Insane asylums Bombay 1873-77 - 1873-1877
Year: 1873
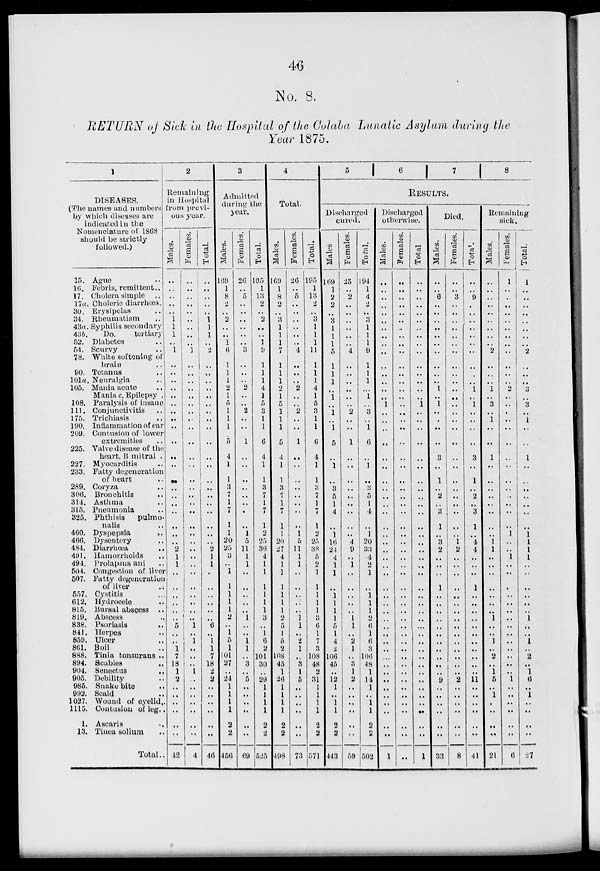
46
No. 8.
RETURN of Sick in the Hospital of the Colaba Lunatic Asylum during the
Year 1875.
1
DISEASES.
(The names and numbers
by which diseases are
indicated in the
Nomenclature of 1868
should be strictly
followed.)
15.
16.
17.
17a
30.
34.
43a.
43b
52.
54.
78.
90.
101a
105.
108.
111.
175.
190.
209.
225.
227.
233.
289.
306.
314.
315.
325.
460.
466.
484.
491.
494.
504.
507.
557.
612.
815.
819.
838.
841
859
861.
888.
894.
904.
905.
985.
992
1027
1115.
1
13
Ague ..
Febris, remittent ..
Cholera simple ..
Choleric diarrhœa.
Erysipelas ..
Rheumatism
Syphilis secondary
Do.
tertiary
Diabetes ..
Scurvy ..
White softening of
brain ..
Tetanus ..
Neuralgin
Mania acute ...
Mania c.Epilepsy
Paralysis of insane
Conjunctivitis ..
Trichiasis ..
Inflammation of ear
Contusion of lower
extremities ..
Valve disease of the
heart, B mitral .
Myocarditis
Fatty degeneration
of heart ..
Coryza ..
Bronchitis ..
Asthma ..
Pneumonia ..
Phthisis
pulmo-
nalis
Dyspepsia ..
Dysentery ..
Diarrhœa ..
Hamorrhoids ..
Prolapsus ani ..
Congestion of liver
Fatty degeneration
of liver ..
Cystitis
Hydrocele
Bursal abscess ..
Abscess
Psoriasis
..
Herpes
Ulcer
Boil
Tinia tonsurans ..
Scabies
..
Senectus
..
Debility
Snake bite
Scald ..
Wound of eyelid.
Contusion of leg ..
Ascaris
Tinea solium
Total..
2
Remaining
in Hospital
from previ-
ous year.
Males.
..
..
..
..
..
1
1
1
..
1
..
..
..
..
..
..
..
..
..
..
..
..
..
..
..
..
..
..
..
..
2
1
1
..
..
..
..
..
..
5
..
..
1
7
18
1
2
..
..
..
..
..
..
42
Females.
..
..
..
..
..
..
..
..
..
1
..
..
..
..
..
..
..
..
..
..
..
..
..
..
..
..
..
..
..
..
..
..
..
..
..
..
..
..
1
..
1
..
..
..
1
..
..
..
..
..
..
..
4
Total.
..
..
..
..
..
1
1
1
..
2
..
..
..
..
..
..
..
..
..
..
..
..
..
..
..
..
..
..
..
..
2
1
1
..
..
..
..
..
..
6
..
1
1
7
18
2
2
..
..
..
..
..
..
46
3
Admitted
during the
year.
Males.
169
1
8
2
..
2
..
..
1
6
1
1
1
2
1
5
1
1
1
5
4
1
1
3
7
1
7
1
1
20
25
3
..
1
1
1
1
1
2
..
1
5
1
101
27
..
24
1
1
1
1
2
2
456
Females.
26
..
5
..
..
..
..
..
..
3
..
..
..
2
..
..
2
..
..
1
..
..
..
..
..
..
..
..
1
5
11
1
1
..
..
..
..
..
1
..
..
1
1
..
3
..
5
..
..
..
..
..
..
69
Total.
195
1
13
2
..
2
..
..
1
9
1
1
1
4
1
5
3
1
1
6
4
1
1
3
7
1
7
1
2
25
36
4
1
1
1
1
1
1
3
..
1
6
2
101
30
..
29
1
1
1
1
2
2
525
4
Total.
Males.
169
1
8
2
..
3
1
1
1
7
1
1
1
2
1
5
1
1
1
5
4
1
1
3
7
1
7
1
1
20
27
4
1
1
1
1
1
1
2
5
1
5
2
108
45
1
26
1
1
1
1
2
2
498
Females.
26
..
5
..
..
..
..
..
..
4
..
..
..
2
..
..
2
..
..
1
..
..
..
..
..
..
..
..
1
5
11
1
1
..
..
..
..
..
1
1
..
2
1
..
3
1
5
..
..
..
..
..
..
73
Total.
195
1
13
2
..
3
1
1
1
11
1
1
1
4
1
5
3
1
1
6
4
1
1
3
7
1
7
1
2
25
38
5
2
1
1
1
1
1
3
6
1
7
3
108
48
2
31
1
1
1
1
2
2
571
5
6
7
8
RESULTS.
Discharged
cured.
Males.
169
1
2
2
..
3
1
1
1
5
1
1
1
..
1
..
1
..
1
5
..
1
..
3
5
1
4
..
1
16
24
4
1
1
..
1
1
1
1
5
1
4
2
106
45
..
12
1
..
1
1
2
2
443
Females.
25
..
2
..
..
..
..
..
..
4
..
..
..
..
..
..
2
..
..
1
..
..
..
..
..
..
..
..
..
4
9
..
1
..
..
..
..
..
1
1
..
2
1
..
3
1
2
..
..
..
..
..
..
59
Total.
194
1
4
2
..
3
1
1
1
9
1
1
1
..
1
..
3
..
1
6
..
1
..
3
5
1
4
..
1
20
33
4
2
1
..
1
1
1
2
6
1
6
3
106
48
1
14
1
..
1
1
2
2
502
Discharged
otherwise.
Males.
..
..
..
..
..
..
..
..
..
..
..
..
..
..
..
1
..
..
..
..
..
..
..
..
..
..
..
..
..
..
..
..
..
..
..
..
..
..
..
..
..
..
..
..
..
..
..
..
..
..
..
..
..
1
Females.
..
..
..
..
..
..
..
..
..
..
..
..
..
..
..
..
..
..
..
..
..
..
..
..
..
..
..
..
..
..
..
..
..
..
..
..
..
..
..
..
..
..
..
..
..
..
..
..
..
..
..
..
..
..
Total
..
..
..
..
..
..
..
..
..
..
..
..
..
..
..
1
..
..
..
..
..
..
..
..
..
..
..
..
..
..
..
..
..
..
..
..
..
..
..
..
..
..
..
..
..
..
..
..
..
..
..
..
..
1
Died.
Males.
..
..
6
..
..
..
..
..
..
..
..
..
..
1
..
1
..
..
..
..
3
..
1
..
2
..
3
1
..
3
2
..
..
..
1
..
..
..
..
..
..
..
..
..
..
..
9
..
..
..
..
..
..
33
Females.
..
..
3
..
..
..
..
..
..
..
..
..
..
..
..
..
..
..
..
..
..
..
..
..
..
..
..
..
..
1
2
..
..
..
..
..
..
..
..
..
..
..
..
..
..
..
2
..
..
..
..
..
..
8
Total.
..
..
9
..
..
..
..
..
..
..
..
..
..
1
..
1
..
..
..
..
3
..
1
..
2
..
3
1
..
4
4
..
..
..
1
..
..
..
..
..
..
..
..
..
..
..
11
..
..
..
..
..
..
41
Remaining
sick.
Males.
..
..
..
..
..
..
..
..
..
2
..
..
..
1
..
3
..
1
..
..
1
..
..
..
..
..
..
..
..
1
1
..
..
..
..
..
..
..
1
..
..
1
..
2
..
1
5
..
1
..
..
..
..
21
Females.
1
..
..
..
..
..
..
..
..
..
..
..
..
2
..
..
..
..
..
..
..
..
..
..
..
..
..
..
1
..
..
1
..
..
..
..
..
..
..
..
..
..
..
..
..
..
1
..
..
..
..
..
..
6
Total.
1
..
..
..
..
..
..
..
..
2
..
..
..
3
..
3
..
1
..
..
1
..
..
..
..
..
..
..
1
1
1
1
..
..
..
..
..
..
1
..
..
1
..
2
..
1
6
..
1
..
..
..
..
27